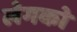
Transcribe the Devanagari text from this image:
लेगको